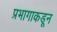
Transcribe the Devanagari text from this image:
प्रभागाकडून